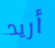
أريد